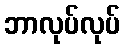
ဘာလုပ်လုပ်